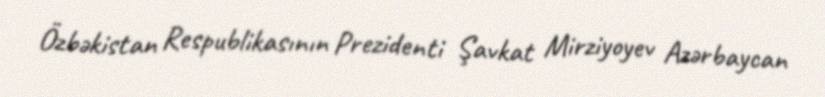
Özbəkistan Respublikasının Prezidenti Şavkat Mirziyoyev Azərbaycan